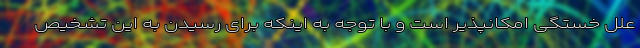
علل خستگی امکانپذیر است و با توجه به اینکه برای رسیدن به این تشخیص